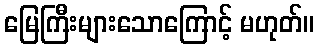
မြေကြီးများသောကြောင့် မဟုတ်။